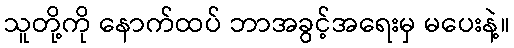
သူတို့ကို နောက်ထပ် ဘာအခွင့်အရေးမှ မပေးနဲ့။